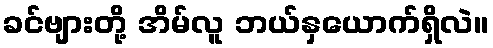
ခင်ဗျားတို့ အိမ်လူ ဘယ်နှယောက်ရှိလဲ။